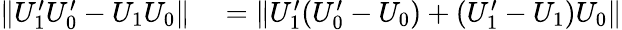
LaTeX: \begin{array}{rl}{\lVert U_{1}^{\prime}U_{0}^{\prime}-U_{1}U_{0}\rVert}&{{}=\lVert U_{1}^{\prime}(U_{0}^{\prime}-U_{0})+(U_{1}^{\prime}-U_{1})U_{0}\rVert}\end{array}